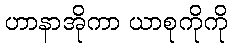
ဟာနာအိုကာ ယာစုကိုကို